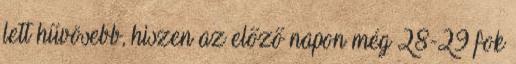
lett hűvösebb, hiszen az előző napon még 28-29 fok